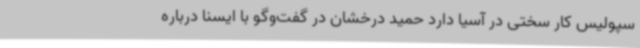
سپولیس کار سختی در آسیا دارد حمید درخشان در گفت‌وگو با ایسنا درباره